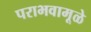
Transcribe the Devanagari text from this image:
पराभवामूळे